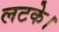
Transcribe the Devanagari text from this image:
लटके।